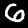
Digit: 6